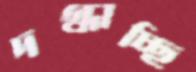
দগ্ধাচ্ছি